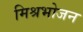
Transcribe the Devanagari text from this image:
मिश्रभोजन